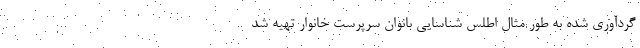
گردآوری شده به طور مثال اطلس شناسایی بانوان سرپرست خانوار تهیه شد